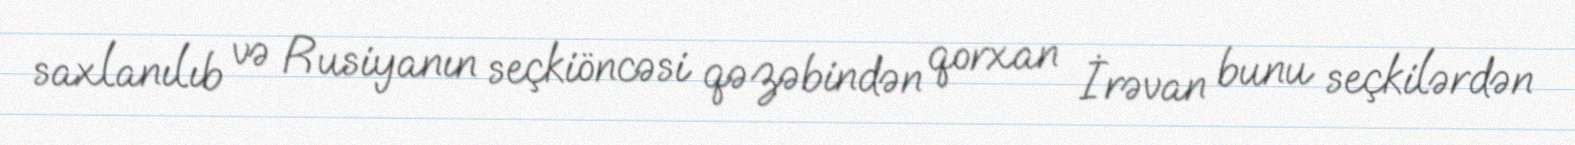
saxlanılıb və Rusiyanın seçkiöncəsi qəzəbindən qorxan İrəvan bunu seçkilərdən